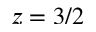
z = 3 / 2